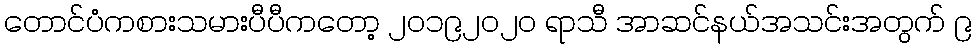
တောင်ပံကစားသမားပီပီကတော့ ၂၀၁၉၂၀၂၀ ရာသီ အာဆင်နယ်အသင်းအတွက် ၉